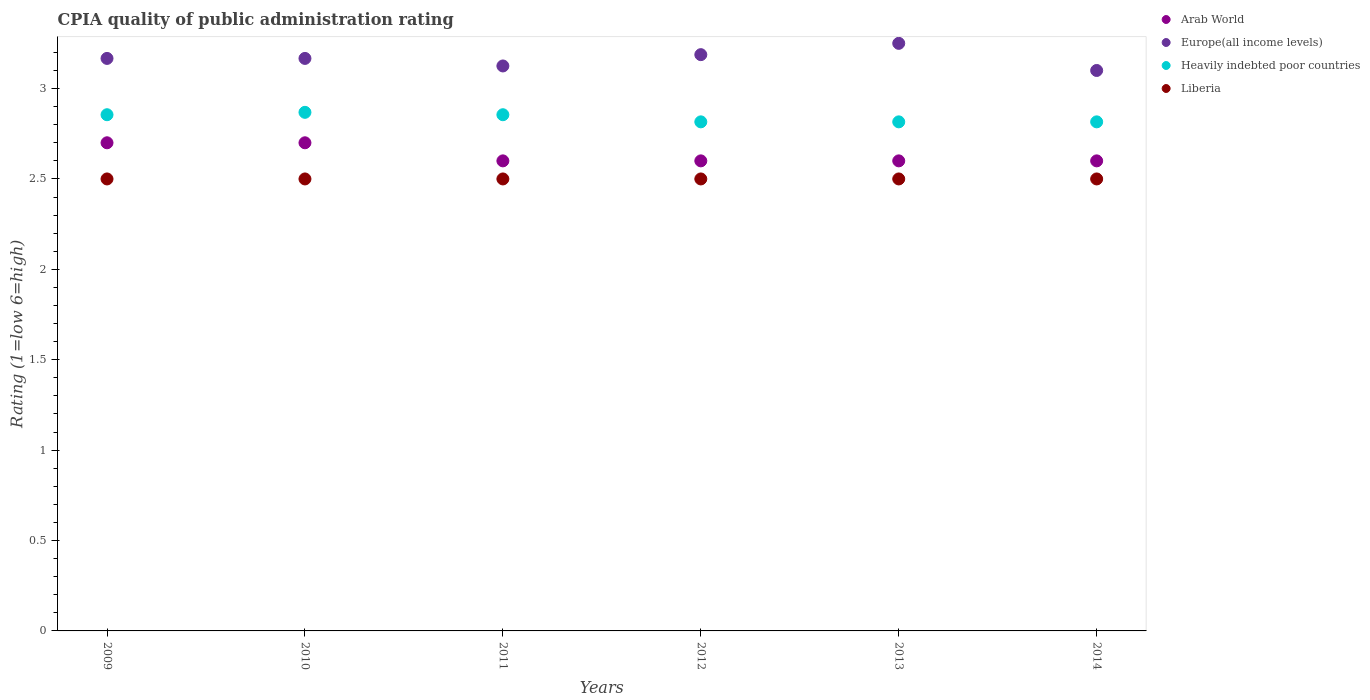
| Years | Arab World | Europe(all income levels) | Heavily indebted poor countries | Liberia |
 | --- | --- | --- | --- | --- |
 | 2009 | 2.7 | 3.17 | 2.86 | 2.5 |
 | 2010 | 2.7 | 3.17 | 2.87 | 2.5 |
 | 2011 | 2.6 | 3.12 | 2.86 | 2.5 |
 | 2012 | 2.6 | 3.19 | 2.82 | 2.5 |
 | 2013 | 2.6 | 3.25 | 2.82 | 2.5 |
 | 2014 | 2.6 | 3.1 | 2.82 | 2.5 |